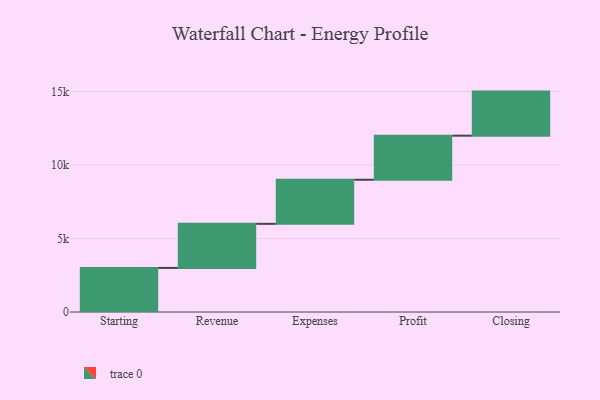
{"axis": {"x": "Step", "y": "Value"}, "legend": [""], "data": [{"x": "Starting", "y": 3000, "type": ""}, {"x": "Revenue", "y": 3000, "type": ""}, {"x": "Expenses", "y": 3000, "type": ""}, {"x": "Profit", "y": 3000, "type": ""}, {"x": "Closing", "y": 3000, "type": ""}]}